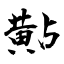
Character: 黇